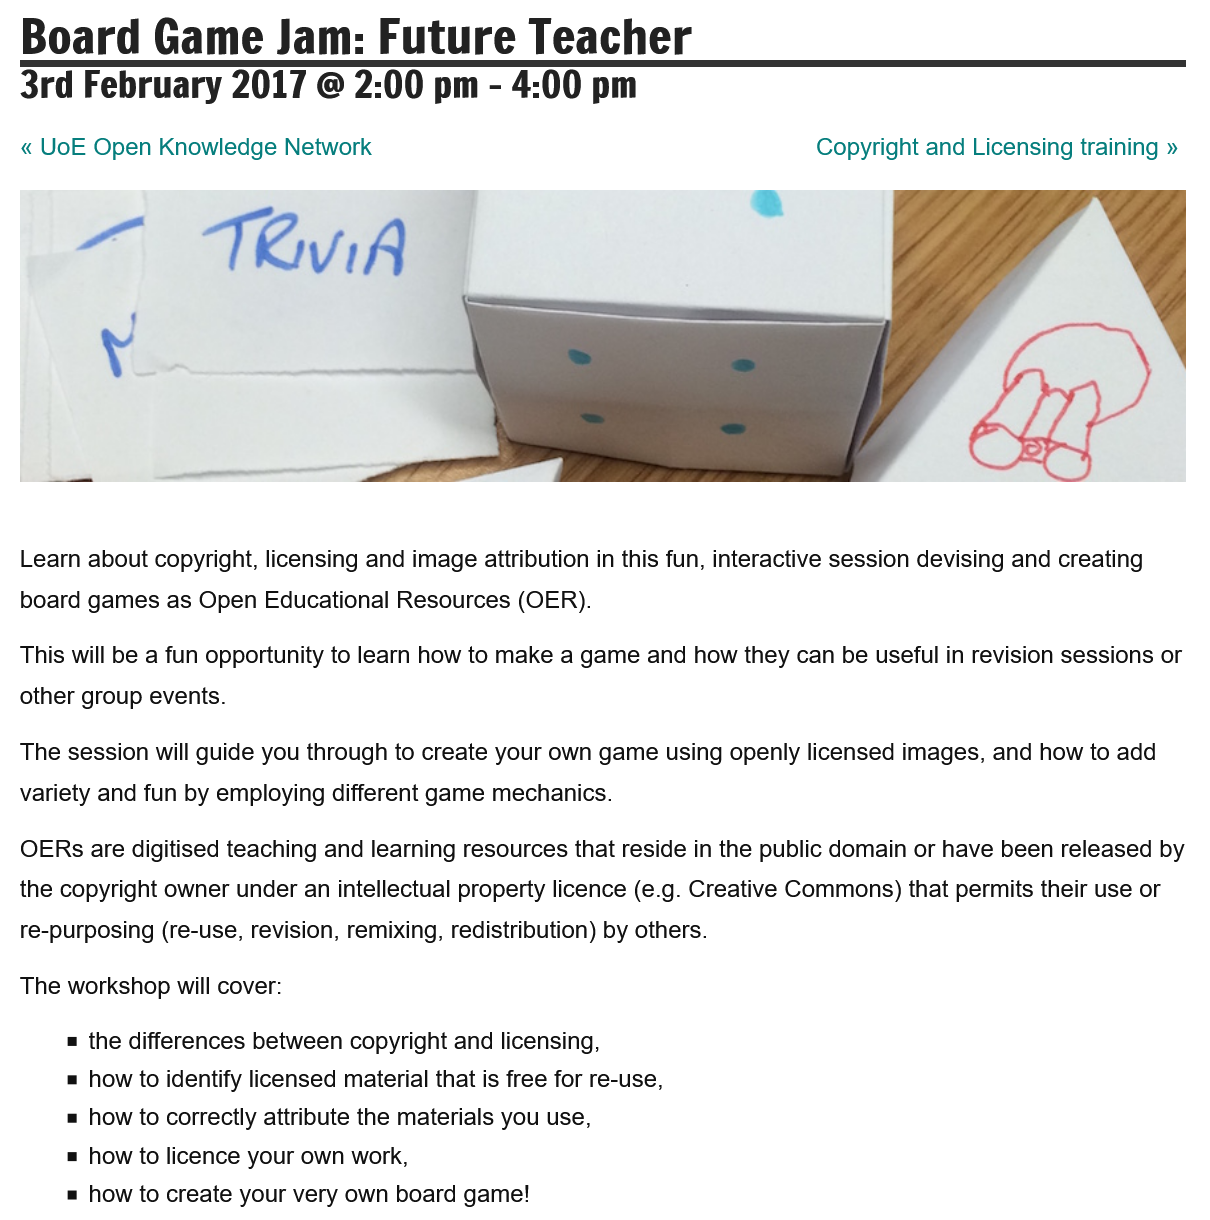
the differences between copyright and licensing,
     how to identify licensed material that is free for re-use,
     how to correctly attribute the materials you use,
     how to licence your own work,
     how to create your very own board game!
  OERs are digitised teaching and learning resources that reside in the public domain or have been released by
  the copyright owner under an intellectual property licence (e.g. Creative Commons) that permits their use or
  re-purposing (re-use, revision, remixing, redistribution) by others.
  This will be a fun opportunity to learn how to make a game and how they can be useful in revision sessions or
  other group events.
  Learn about copyright, licensing and image attribution in this fun, interactive session devising and creating
  board games  as Open Educational Resources (OER).
  The session will guide you through to create your own game using openly licensed images, and how to add
  variety and fun by employing different game mechanics.
  The workshop will cover:
  « UoE Open  Knowledge  Network    Copyright and Licensing training »
  Board    Game    Jam:    Future    Teacher

  3rd   February    2017   @   2:00  pm
     -
     4:00   pm